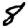
Digit: 8